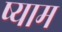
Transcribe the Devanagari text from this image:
ष्याम